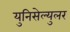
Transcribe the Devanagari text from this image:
युनिसेल्युलर